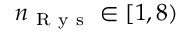
n _ { \mathrm { ~ R ~ y ~ s ~ } } \in [ 1 , 8 )